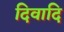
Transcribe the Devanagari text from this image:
दिवादि